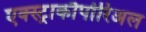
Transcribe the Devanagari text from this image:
एक्स्ट्राकौर्पोरिअल